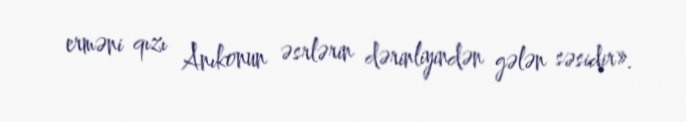
erməni qızı Anıkonun əsrlərin dərinliyindən gələn səsidir».